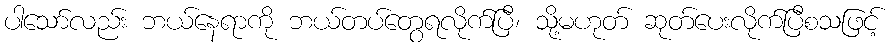
ပါသော်လည်း ဘယ်နေရာကို ဘယ်တပ်တွေရလိုက်ပြီ၊ သို့မဟုတ် ဆုတ်ပေးလိုက်ပြီစသဖြင့်